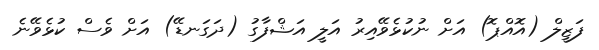
ފަޒީލް (އޮއްޕޮ) އަށް ނުކުޅެވޭއިރު އަލީ އަޝްފާގު (ދަގަނޑޭ) އަށް ވެސް ކުޅެވޭނެ